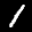
Label: 1